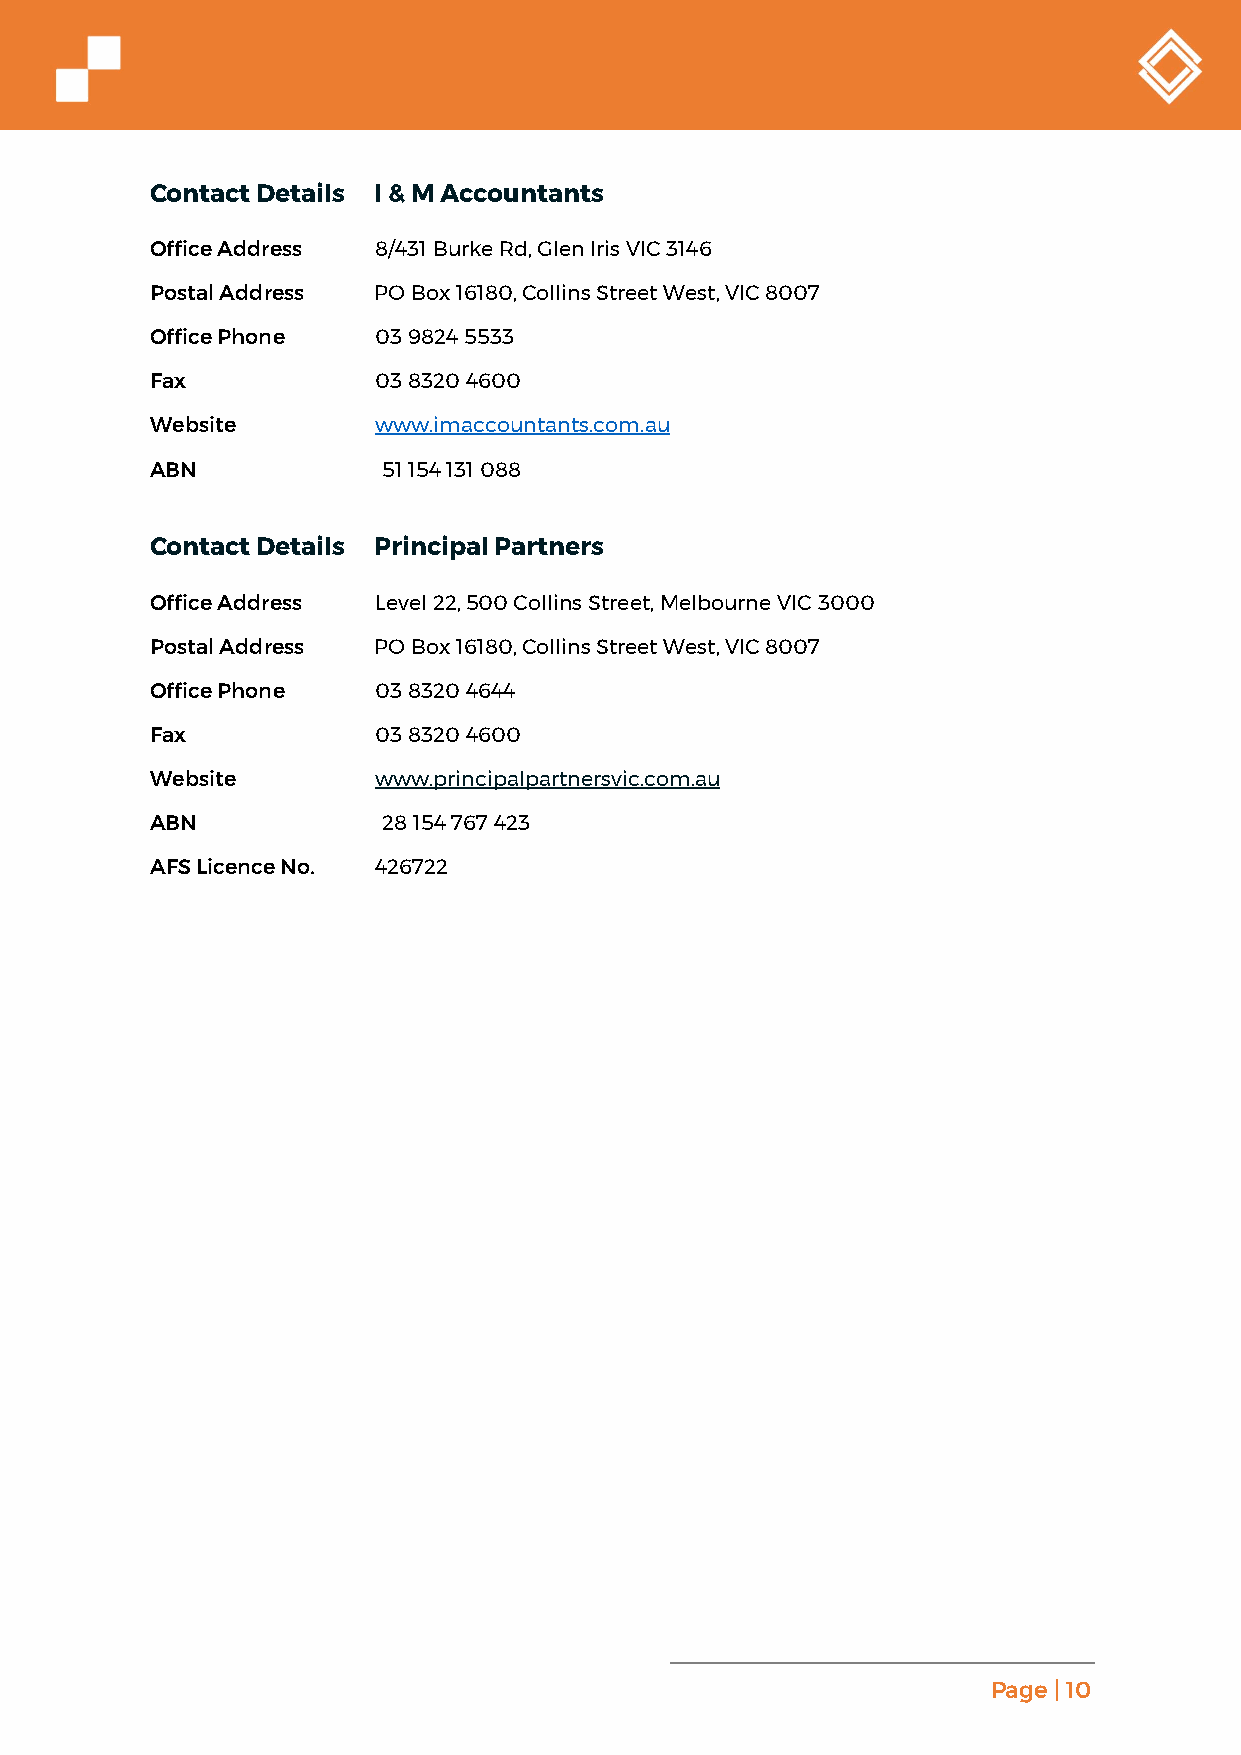
Contact Details I & M Accountants
 Office Address 8/431 Burke Rd, Glen Iris VIC 3146
 Postal Address PO Box 16180, Collins Street West, VIC 8007
 Office Phone   03 9824 5533
 Fax            03 8320 4600
 Website        www.imaccountants.com.au
 ABN            51 154 131 088
 Contact Details Principal Partners
 Office Address Level 22, 500 Collins Street, Melbourne VIC 3000
 Postal Address PO Box 16180, Collins Street West, VIC 8007
 Office Phone   03 8320 4644
 Fax            03 8320 4600
 Website        www.principalpartnersvic.com.au
 ABN            28 154 767 423
 AFS Licence No. 426722
 Page | 10